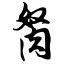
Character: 胬